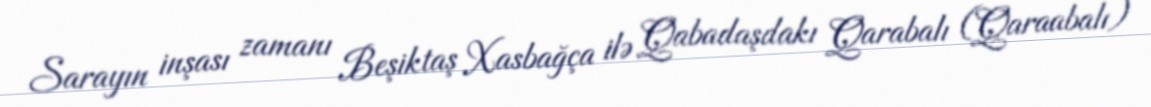
Sarayın inşası zamanı Beşiktaş Xasbağça ilə Qabadaşdakı Qarabalı (Qaraabalı)